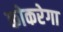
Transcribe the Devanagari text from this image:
कोकरेगा